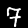
Digit: 7